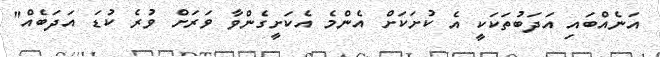
އަނެއްބައި އަދަބުތަކަކީ އެ ކުށަކަށް އެންމެ އެކަށީގެންވާ ވަރަށް ވުރެ ކުޑަ އަދަބެއް"